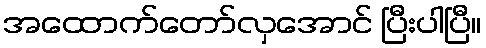
အထောက်တော်လှအောင် ပြီးပါပြီ။